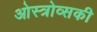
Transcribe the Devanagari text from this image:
ओस्त्रोव्सकी